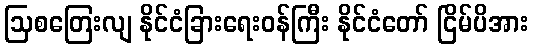
ဩစတြေးလျ နိုင်ငံခြားရေးဝန်ကြီး နိုင်ငံတော် ငြိမ်ပိအား